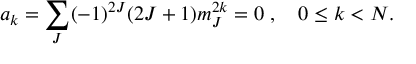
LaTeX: a _ { k } = \sum _ { J } ( - 1 ) ^ { 2 J } ( 2 J + 1 ) m _ { J } ^ { 2 k } = 0 \; , \quad 0 \leq k < N .